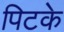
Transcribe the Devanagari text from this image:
पिटके